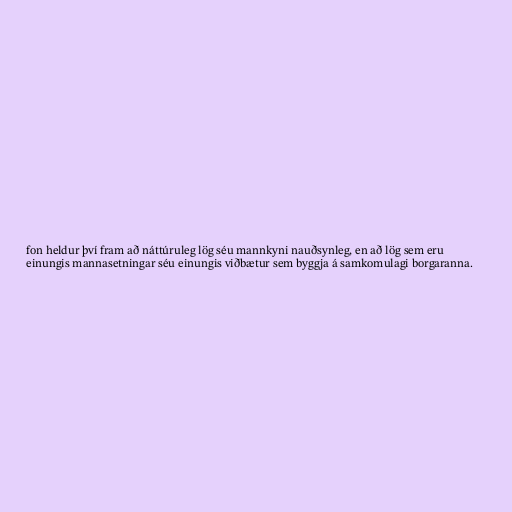
fon heldur því fram að náttúruleg lög séu mannkyni nauðsynleg, en að lög sem eru
einungis mannasetningar séu einungis viðbætur sem byggja á samkomulagi borgaranna.